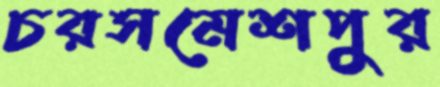
চরসমেশপুর